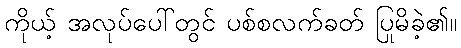
ကိုယ့် အလုပ်ပေါ်တွင် ပစ်စလက်ခတ် ပြုမိခဲ့၏။